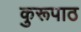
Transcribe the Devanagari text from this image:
कुरूपाठ